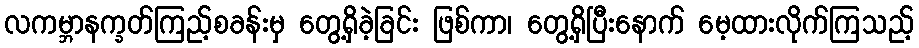
လကမ္ဘာနက္ခတ်ကြည့်စခန်းမှ တွေ့ရှိခဲ့ခြင်း ဖြစ်ကာ၊ တွေ့ရှိပြီးနောက် မေ့ထားလိုက်ကြသည့်